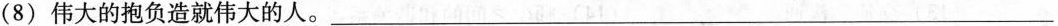
（ 8 ) 伟大的抱负造就伟大的人。___